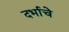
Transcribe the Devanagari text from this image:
दर्भाचे